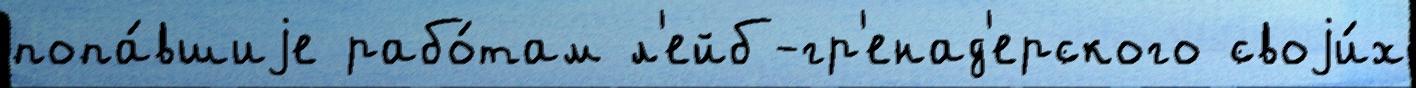
попа́вшиjе рабо́там л'ейб-гр'енад'ерского своjи́х